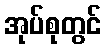
အုပ်စုတွင်